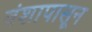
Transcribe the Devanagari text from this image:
वंशापासून